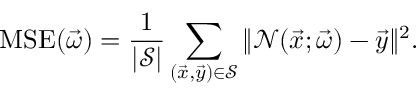
\mathrm { M S E } ( \vec { \omega } ) = \frac { 1 } { | \mathcal S | } \sum _ { ( \vec { x } , \vec { y } ) \in \mathcal S } \| \mathcal { N } ( \vec { x } ; \vec { \omega } ) - \vec { y } \| ^ { 2 } .